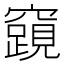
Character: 𮄟